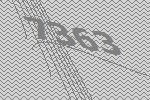
7363